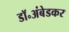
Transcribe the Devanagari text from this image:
डॉ॰अंबेडकर